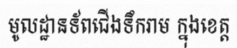
មូលដ្ឋានទ័ពជើងទឹករាម ក្នុងខេត្ត